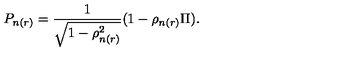
P _ { n ( r ) } = \frac { 1 } { \sqrt { 1 - \rho _ { n ( r ) } ^ { 2 } } } ( 1 - \rho _ { n ( r ) } \Pi ) .